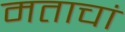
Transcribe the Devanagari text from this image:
मताचां